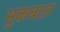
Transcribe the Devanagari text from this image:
मुकबाज़